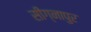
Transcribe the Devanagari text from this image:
सीग्नापुर